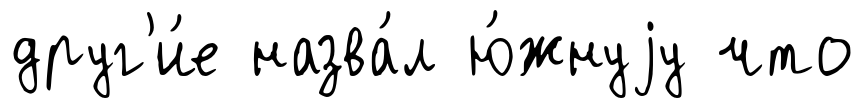
друг'и́е назва́л ю́жнуjу что